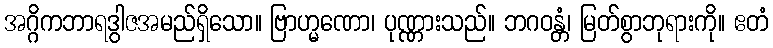
အဂ္ဂိကဘာရဒွါဇအမည်ရှိသော။ ဗြာဟ္မဏော၊ ပုဏ္ဏားသည်။ ဘဂဝန္တံ၊ မြတ်စွာဘုရားကို။ ဧတံ